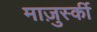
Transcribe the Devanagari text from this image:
माज़ुर्स्की